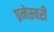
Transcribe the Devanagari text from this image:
प्रनेस्वरी